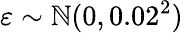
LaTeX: \varepsilon\sim\mathbb{N}(0,0.02^{2})